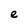
Character: e